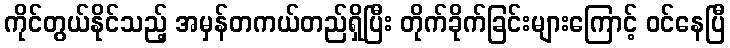
ကိုင်တွယ်နိုင်သည့် အမှန်တကယ်တည်ရှိပြီး တိုက်ခိုက်ခြင်းများကြောင့် ဝင်နေပြီ